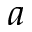
a